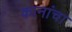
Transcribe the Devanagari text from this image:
कानांचा